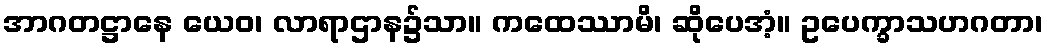
အာဂတဋ္ဌာနေ ယေဝ၊ လာရာဌာန၌သာ။ ကထေဿာမိ၊ ဆိုပေအံ့။ ဥပေက္ခာသဟဂတာ၊